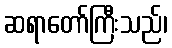
ဆရာတော်ကြီးသည်၊